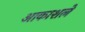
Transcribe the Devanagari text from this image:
आकाशले